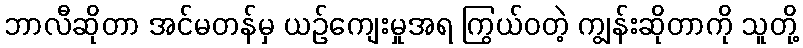
ဘာလီဆိုတာ အင်မတန်မှ ယဉ်ကျေးမှုအရ ကြွယ်ဝတဲ့ ကျွန်းဆိုတာကို သူတို့